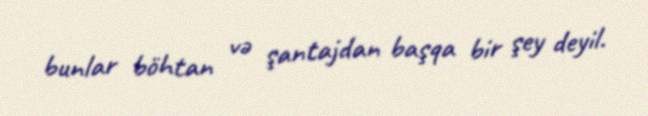
bunlar böhtan və şantajdan başqa bir şey deyil.